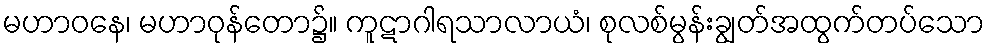
မဟာဝနေ၊ မဟာဝုန်တော၌။ ကူဋာဂါရသာလာယံ၊ စုလစ်မွန်းချွတ်အထွက်တပ်သော